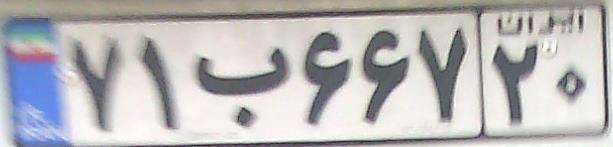
۷۱ب۶۶۷۲۰